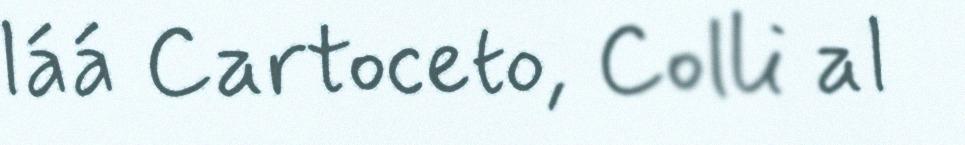
láá Cartoceto, Colli al